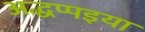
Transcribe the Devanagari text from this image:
अद्धप्पइया